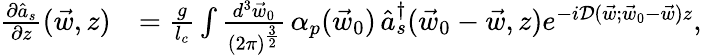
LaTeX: \begin{array}{rl}{\frac{\partial\hat{a}_{s}}{\partial z}(\vec{w},z)}&{=\frac{g}{l_{c}}\int\frac{d^{3}\vec{w}_{0}}{(2\pi)^{\frac{3}{2}}}\, {\alpha}_{p}(\vec{w}_{0})\, \hat{a}_{s}^{\dagger}(\vec{w}_{0}-\vec{w},z)e^{-i\mathcal D(\vec{w};\vec{w}_{0}-\vec{w})z},}\end{array}